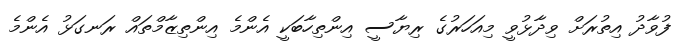
ފުވާދު އިތުރަށް ވިދާޅުވީ މިއަހަރުގެ ރިޔާސީ އިންތިހާބަކީ އެންމެ އިންތިޒާމްތައް ރަނގަޅު އެންމެ